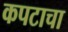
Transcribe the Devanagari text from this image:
कपटाचा